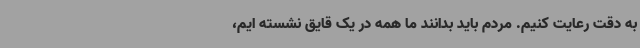
به دقت رعایت کنیم. مردم باید بدانند ما همه در یک قایق نشسته ایم،